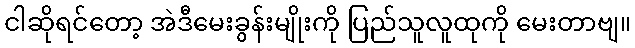
ငါဆိုရင်တော့ အဲဒီမေးခွန်းမျိုးကို ပြည်သူလူထုကို မေးတာဗျ။